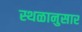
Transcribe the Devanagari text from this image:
स्थळानुसार